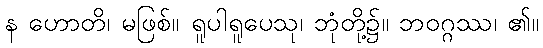
န ဟောတိ၊ မဖြစ်။ ရူပါရူပေသု၊ ဘုံတို့၌။ ဘဝဂ္ဂဿ၊ ၏။